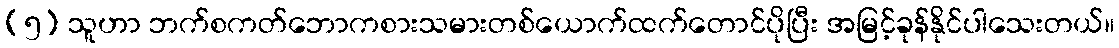
(၅) သူဟာ ဘက်စကတ်ဘောကစားသမားတစ်ယောက်ထက်တောင်ပိုပြီး အမြင့်ခုန်နိုင်ပါသေးတယ်။